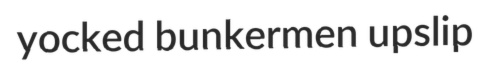
yocked bunkermen upslip